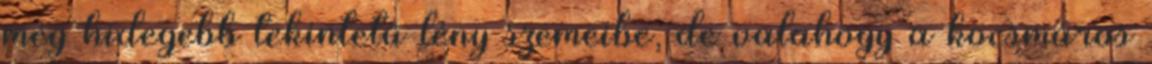
még hidegebb tekintetű lény szemeibe, de valahogy a kocsmáros